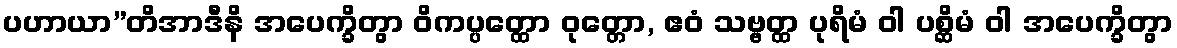
ပဟာယာ”တိအာဒီနိ အပေက္ခိတွာ ဝိကပ္ပတ္ထော ဝုတ္တော, ဧဝံ သဗ္ဗတ္ထ ပုရိမံ ဝါ ပစ္ဆိမံ ဝါ အပေက္ခိတွာ